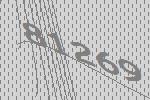
81269